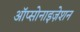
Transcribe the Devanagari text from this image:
ऑप्सोनाइज़ेशन